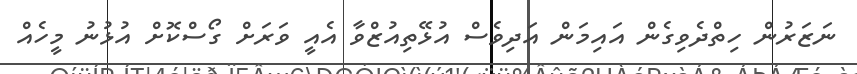
ނަޒަރުން ހިތްދެވިގެން އައިމަން އަދިވެސް އުޅޭތިއުޒްވާ އެއީ ވަރަށް ގޯސްކޮށް އުޅުނު މީހެއް